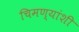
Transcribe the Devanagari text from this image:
चिमण्यांशी